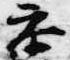
参